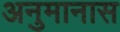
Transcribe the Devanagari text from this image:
अनुमानास